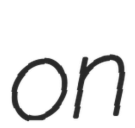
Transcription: on